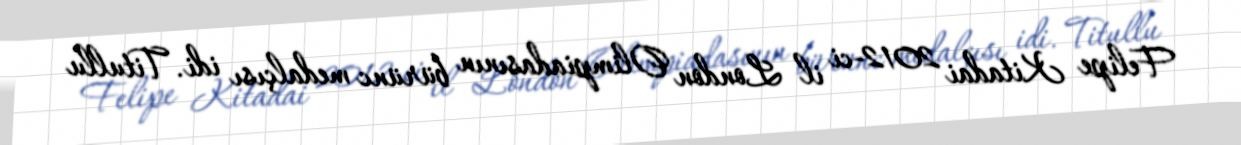
Felipe Kitadai 2012-ci il London Olimpiadasının bürünc medalçısı idi. Titullu